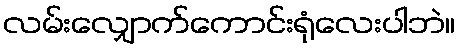
လမ်းလျှောက်ကောင်းရုံလေးပါဘဲ။